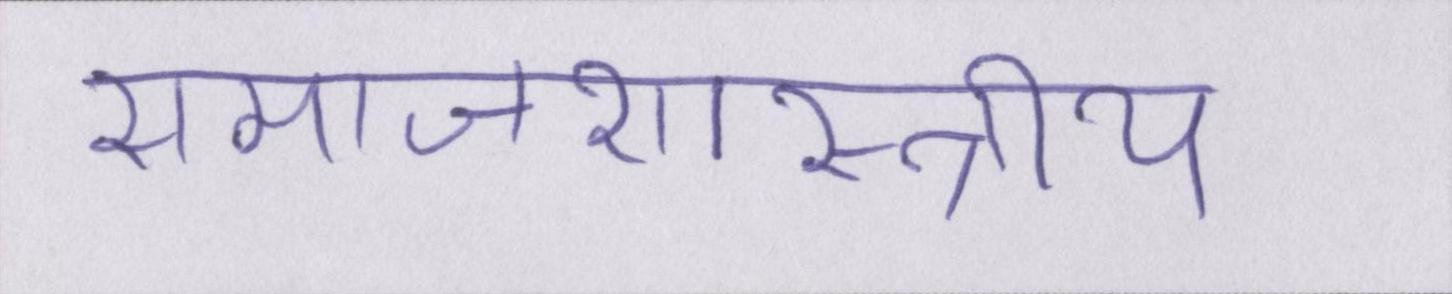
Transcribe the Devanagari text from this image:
समाजशास्त्राीय